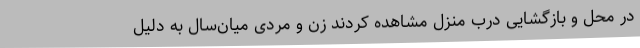
در محل و بازگشایی درب منزل مشاهده کردند زن و مردی میان‌سال به دلیل